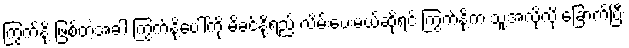
ကြွက်နို့ ဖြစ်တဲ့အခါ ကြွက်နို့ပေါ်ကို မိခင်နို့ရည် လိမ်းပေးမယ်ဆိုရင် ကြွက်နို့က သူ့အလိုလို ခြောက်ပြီး